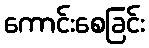
ကောင်းစေခြင်း